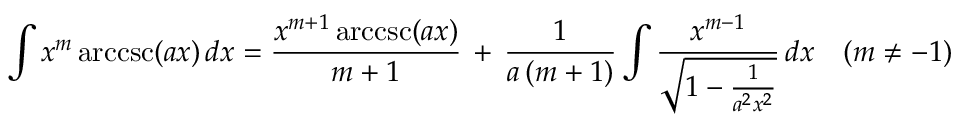
\int x ^ { m } \operatorname { a r c c s c } ( a x ) \, d x = { \frac { x ^ { m + 1 } \operatorname { a r c c s c } ( a x ) } { m + 1 } } \, + \, { \frac { 1 } { a \, ( m + 1 ) } } \int { \frac { x ^ { m - 1 } } { \sqrt { 1 - { \frac { 1 } { a ^ { 2 } x ^ { 2 } } } } } } \, d x \quad ( m \neq - 1 )